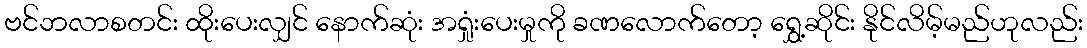
ဗင်ဘလာစတင်း ထိုးပေးလျှင် နောက်ဆုံး အရှုံးပေးမှုကို ခဏလောက်တော့ ရွှေ့ဆိုင်း နိုင်လိမ့်မည်ဟုလည်း